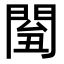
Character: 𨴘